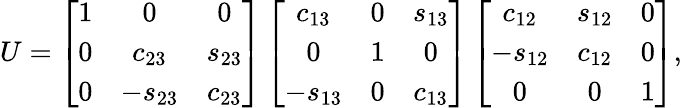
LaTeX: U=\left[\begin{array}{ccc}{{1}}&{{0}}&{{0}}\\ {{0}}&{{c_{23}}}&{{s_{23}}}\\ {{0}}&{{-s_{23}}}&{{c_{23}}}\end{array}\right]\left[\begin{array}{ccc}{{c_{13}}}&{{0}}&{{s_{13}}}\\ {{0}}&{{1}}&{{0}}\\ {{-s_{13}}}&{{0}}&{{c_{13}}}\end{array}\right]\left[\begin{array}{ccc}{{c_{12}}}&{{s_{12}}}&{{0}}\\ {{-s_{12}}}&{{c_{12}}}&{{0}}\\ {{0}}&{{0}}&{{1}}\end{array}\right],